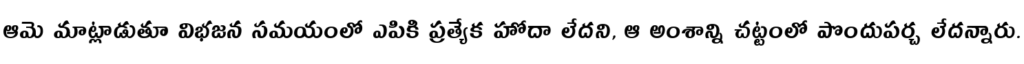
ఆమె మాట్లాడుతూ విభజన సమయంలో ఎపికి ప్రత్యేక హోదా లేదని, ఆ అంశాన్ని చట్టంలో పొందుపర్చ లేదన్నారు.